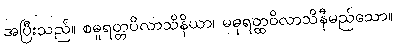
အပြီးသည်။ စဓူရတ္တပိလာသိနိယာ၊ မဓုရတ္ထဝိလာသိနီမည်သော။